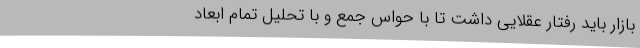
بازار باید رفتار عقلایی داشت تا با حواس جمع و با تحلیل تمام ابعاد